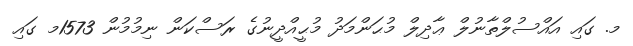
މ. ގައި އައްސުލްތާނުލް ޢާދިލް މުޙަންމަދު މުޙީއްދީނުގެ ރަސްކަން ނިމުމުން 1573މ ގައި